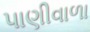
પાણીવાળા